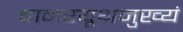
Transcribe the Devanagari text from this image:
वानरयूथमुख्यं